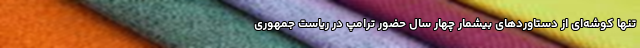
تنها کوشه‌ای از دستاوردهای بیشمار چهار سال حضور ترامپ در ریاست جمهوری